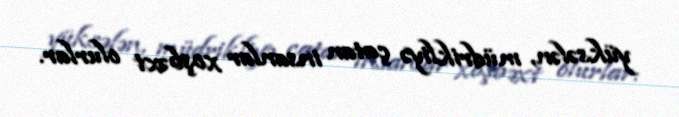
yüksələn, müdrikliyə çatan insanlar xoşbəxt olurlar.